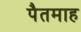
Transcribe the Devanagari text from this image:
पैतमाह